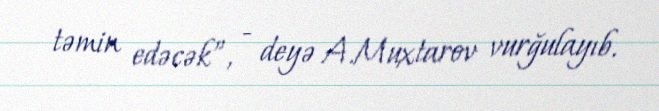
təmin edəcək”, - deyə A.Muxtarov vurğulayıb.